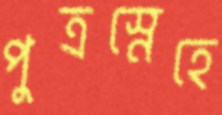
পুত্রস্নেহে